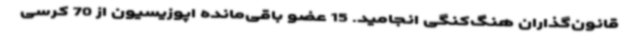
قانون‌گذاران هنگ‌کنگی انجامید. 15 عضو باقی‌مانده اپوزیسیون از 70 کرسی